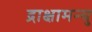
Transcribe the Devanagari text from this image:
द्राक्षामन्यु